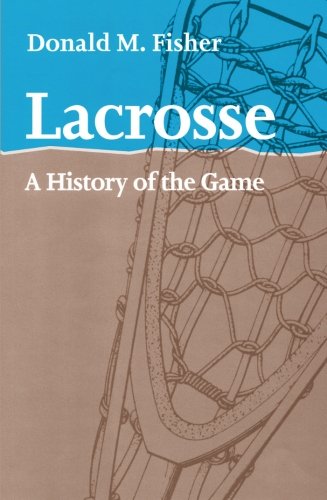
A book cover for Lacrosse: A History of the Game; Donald M. Fisher; Sports & Outdoors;